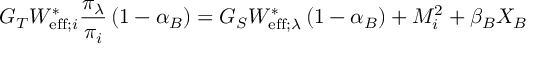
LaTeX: G _ { T } W _ { \mathrm { e f f } ; i } ^ { \ast } \frac { \pi _ { \lambda } } { \pi _ { i } } \left( 1 - \alpha _ { B } \right) = G _ { S } W _ { \mathrm { e f f } ; \lambda } ^ { \ast } \left( 1 - \alpha _ { B } \right) + M _ { i } ^ { 2 } + \beta _ { B } X _ { B }